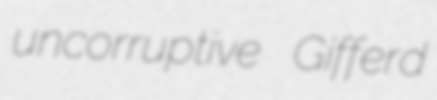
uncorruptive Gifferd